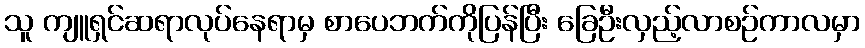
သူ ကျူရှင်ဆရာလုပ်နေရာမှ စာပေဘက်ကိုပြန်ပြီး ခြေဦးလှည့်လာစဉ်ကာလမှာ